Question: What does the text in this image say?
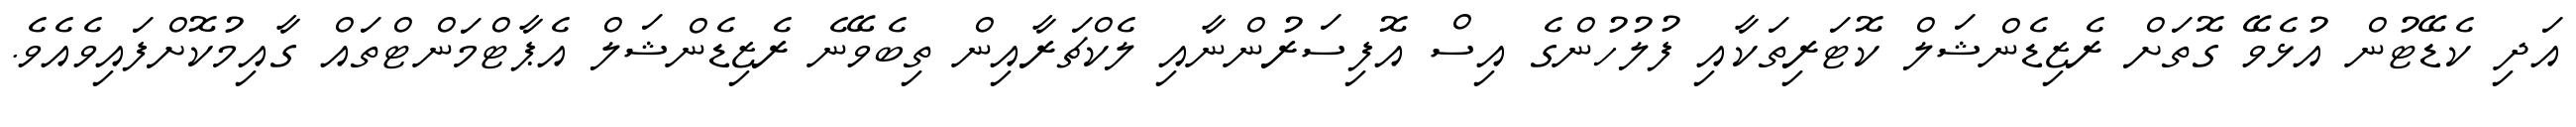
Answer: އަދި ކެޑޭޓުން އުޅެވޭ ގޮތަށް ރެޒިޑެންޝަލް ކޮޓަރިތަކާއި ފުލުހުންގެ އިސް އޮފިސަރުންނާއި ލެކްޗަރާއިން ތިބެވޭނެ ރެޒިޑެންޝަލް އެޕާޓްމަންޓްތައް ގާއިމުކޮށްފައިވެއެވެ.